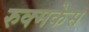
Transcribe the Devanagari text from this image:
रुक्मकेस